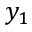
y _ { 1 }